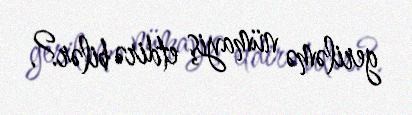
geriləmə nümayiş etdirə bilər?.